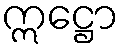
ဣဋ္ဌော